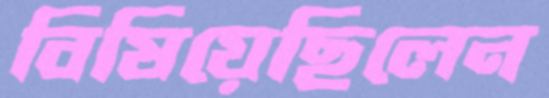
বিষিয়েছিলেন